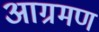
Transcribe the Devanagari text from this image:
आग्रमण